Laidoner,_Johan, lk 97
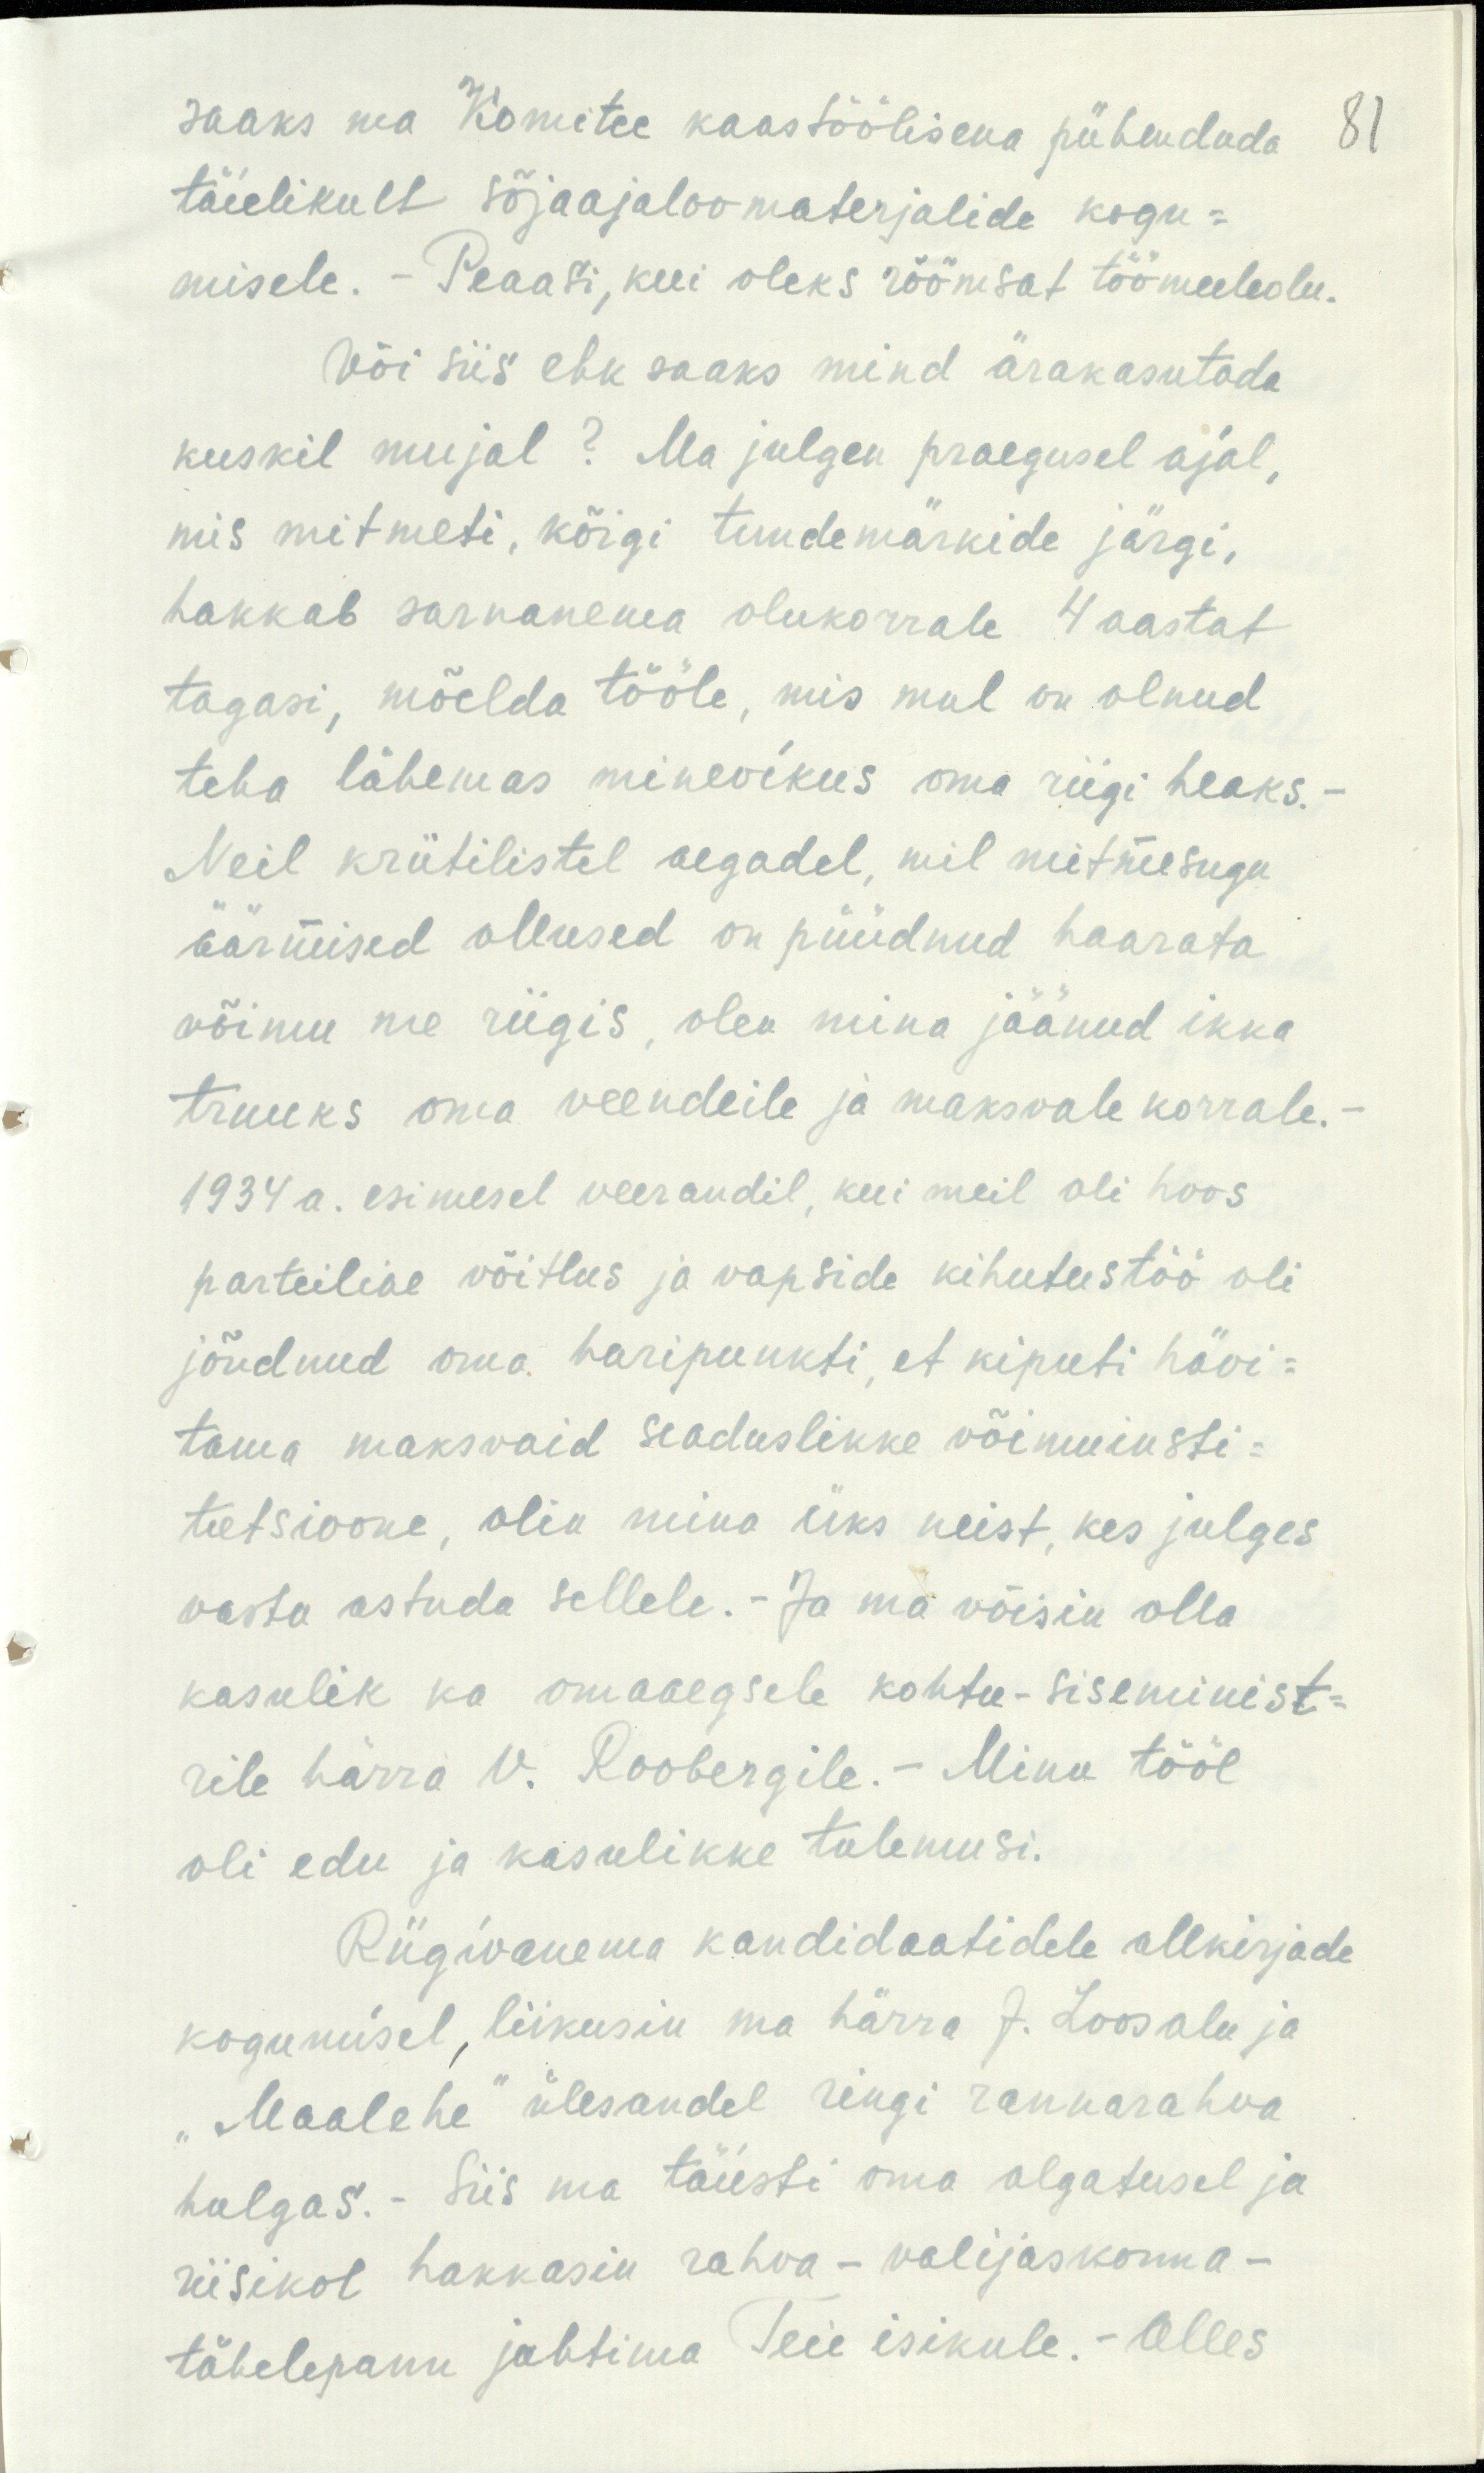
saaks ma Komitee kaastöölisena pühendada
81
täielikult sõjaajaloomaterjalide kogu-
misele. - Peaasi, kui oleks rõõmsat töömeeleolu.
Või siis ehk saaks mind ärakasutada
kuskil mujal? Ma julgen praegusel ajal,
mis mitmeti, kõigi tundemärkide järgi,
hakkab sarnanema olukorrale 4 aastat
tagasi, mõelda tööle, mis mul on olnud
teha lähemas minevikus oma riigi heaks.-
Neil kriitilistel aegadel, mil mitmesugu
äärmised ollused on püüdnud haarata
võimu me riigis olen mina jäänud ikka
truuks oma veendeile ja maksvale korrale.
1934 a. esimesel veerandil, kui meil oli hoos
parteiline võitlus ja vapside kihutustöö oli
jõudnud oma haripunkti, et kiputi hävi-
tama maksvaid seaduslikke võimuinsti-
tutsioone, olin mina üks neist, kes julges
vastu astuda sellele.- Ja ma võisin olla
kasulik ka omaaegsele kohtu-siseminist-
rile härra V. Roobergile. - Minu tööl
oli edu ja kasulikke tulemusi.
Riigivanema kandidaatidele allkirjade
kogumisel, liikusin ma härra J. Loosalu ja
"Maalehe" ülesandel ringi rannarahva
hulgas. - Siis ma täiesti oma algatusel ja
riisikol hakkasin rahva - valijaskonna-
tähelepanu juhtima Teie isikule. - Olles